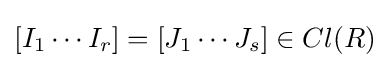
[I_{1}\cdots I_{r}]=[J_{1}\cdots J_{s}]\in Cl(R)